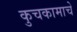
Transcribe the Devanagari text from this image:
कुचकामाचे